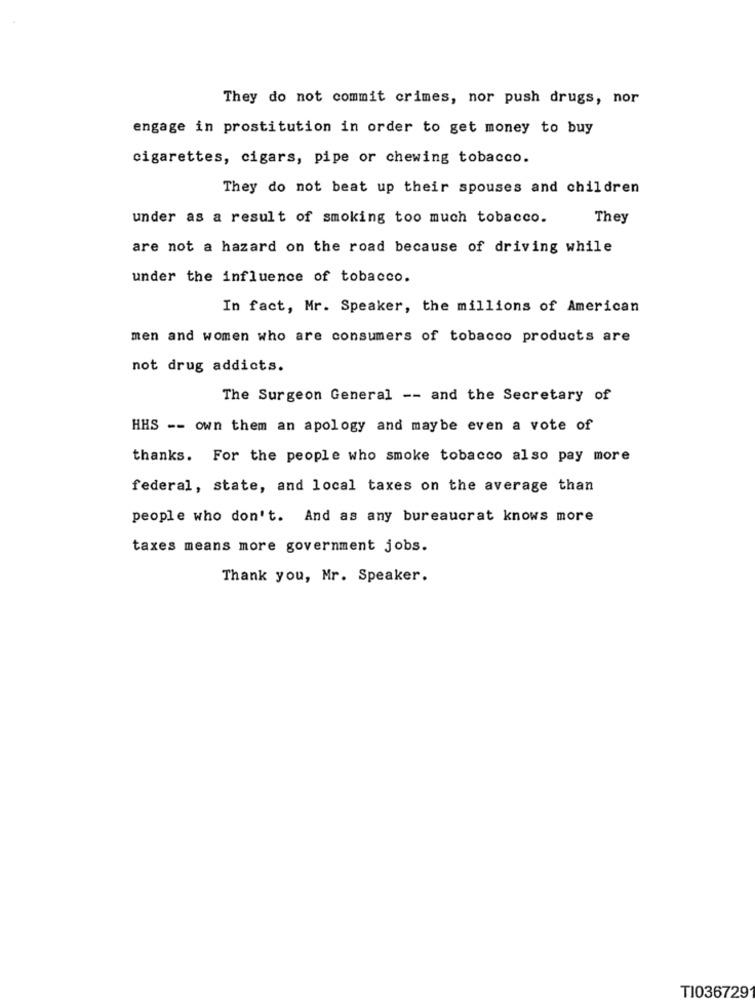
They do not commit crimes, nor push drugs, nor
engage in prostitution in order to get money to buy
cigarettes, cigars, pipe or chewing tobacco.
They do not beat up their spouses and children
under as a result of smoking too much tobacco.
They
are not a hazard on the road because of driving while
under the influence of tobacco.
In fact, Mr. Speaker, the millions of American
men and women who are consumers of tobacco products are
not drug addicts.
The Surgeon General -- and the Secretary of
HHS -- own them an apology and maybe even a vote of
thanks. For the people who smoke tobacco also pay more
federal, state, and local taxes on the average than
people who don't. And as any bureaucrat knows more
taxes means more government jobs.
Thank you, Mr. Speaker.
TI036729